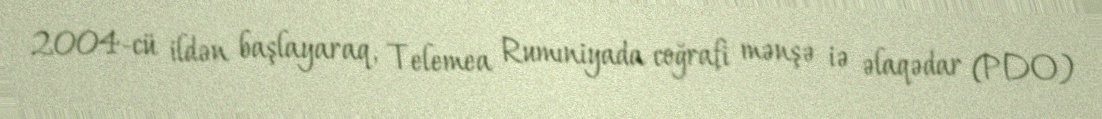
2004-cü ildən başlayaraq, Telemea Rumıniyada coğrafi mənşə iə əlaqədar (PDO)